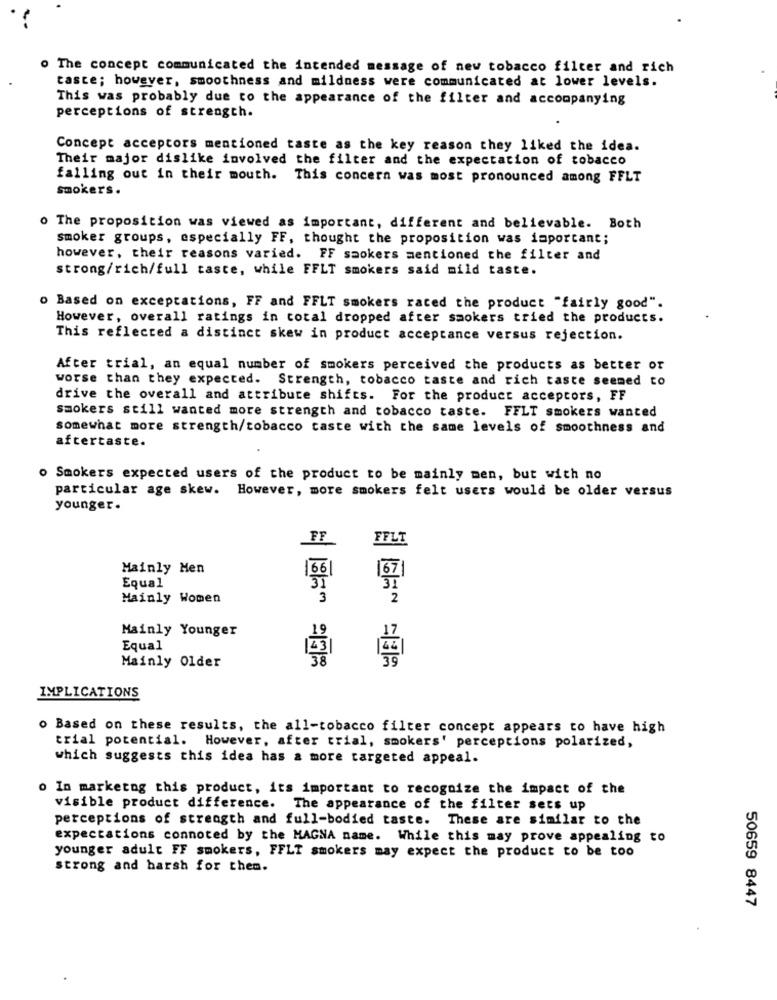
The concept communicated the intended message of new tobacco filter and rich
taste; however, smoothness and mildness were communicated at lower levels.
This was probably due to the appearance of the filter and accompanying
perceptions of strength.
Concept acceptors mentioned taste as the key reason they liked the idea.
Their major dislike involved the filter and the expectation of tobacco
falling out in their mouth. This concern was most pronounced among FFLT
smokers.
o The proposition was viewed as important, different and believable. Both
smoker groups, especially FF, thought the proposition was important;
however, their reasons varied. FF saokers mentioned the filter and
strong/rich/full taste, while FFLT smokers said mild taste.
o Based on exceptations, FF and FFLT smokers raced the product "fairly good".
However, overall ratings in total dropped after smokers tried the products.
This reflected a distinct skew in product acceptance versus rejection.
After trial, an equal number of smokers perceived the products as better or
worse than they expected. Strength, tobacco taste and rich caste seemed to
drive the overall and attribute shifts. For the product acceptors, FF
smokers still wanted more strength and tobacco taste. FFLT smokers wanted
somewhat more strength/tobacco caste with the same levels of smoothness and
aftertaste.
o Smokers expected users of the product to be mainly men, but with no
particular age skew. However, more smokers felt users would be older versus
younger.
FF
FFLT
Mainly Men
166|
Equal
31
Mainly Women
3
2
Mainly Younger
19
Equal
Mainly Older
IMPLICATIONS
o Based on these results, the all-tobacco filter concept appears to have high
trial potential. However, after trial, smokers' perceptions polarized,
which suggests this idea has a more targeted appeal.
o In marketog this product, its important to recognize the impact of the
visible product difference. The appearance of the filter sets up
perceptions of strength and full-bodied taste. These are similar to the
expectations connoted by the MAGNA name. While this may prove appealing to
younger adult FF smokers, FFLT smokers may expect the product to be too
strong and harsh for them.
50659 8447